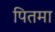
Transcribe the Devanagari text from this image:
पितमा